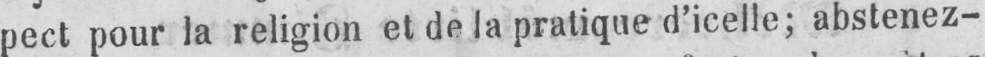
pect pour la religion et de la pratique d’icelle; abstenez-